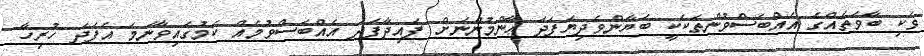
ވަކި ބާވަތެއްގެ އެއްބަސްވުންތަކަކީ ބަޔާންވެދިޔަފަދަ ޢާންމުންނަށް ފައިދާފަދަ އެއްބަސްވުމެއް ކަމުގައިވާނަމަ އެފަދަ ހުރިހާ